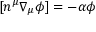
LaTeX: [ n ^ { \mu } \nabla _ { \mu } \phi ] = - \alpha \phi